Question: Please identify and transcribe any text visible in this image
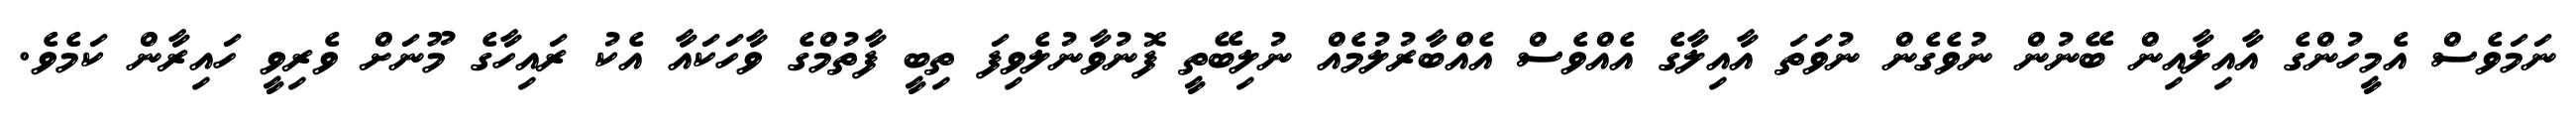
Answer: ނަމަވެސް އެމީހުންގެ އާއިލާއިން ބޭނުން ނުވެގެން ނުވަތަ އާއިލާގެ އެއްވެސް އެއްބާރުލުމެއް ނުލިބޭތީ ފޮނުވާނުލެވިފަ ތިބީ ފާތުމްގެ ވާހަކައާ އެކު ރައިހާގެ މޫނަށް ވެރިވީ ހައިރާން ކަމެވެ.